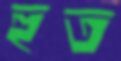
হুত